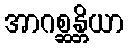
အာဂစ္ဆန္တိယာ